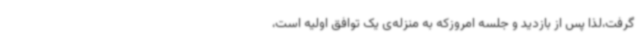
گرفت،لذا پس از بازدید و جلسه امروزکه به منزله‌ی یک توافق اولیه است،